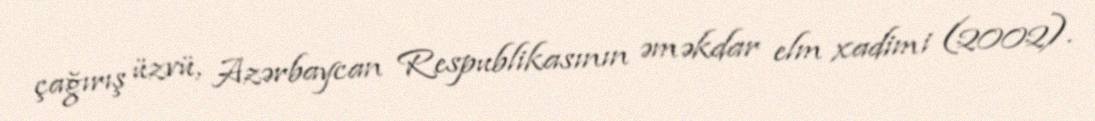
çağırış üzvü, Azərbaycan Respublikasının əməkdar elm xadimi (2002).